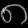
Digit: ၈